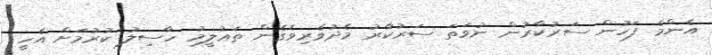
އެންމެ ފަހުން ސަރުކާރުން ނުވަތަ ސަރުކާރު މެދުވެރިވެގެން ތަޢުލީމު ހާސިލު ކުރުމަށް އެހީ